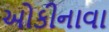
ઓકીનાવા